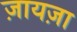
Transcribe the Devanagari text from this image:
ज़ायज़ा